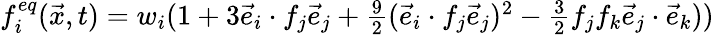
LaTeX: \begin{array}{r}{f_{i}^{eq}(\vec{x},t)={w_{i}}(1+3\vec{e}_{i}\cdot f_{j}\vec{e}_{j}+\frac{9}{2}(\vec{e}_{i}\cdot f_{j}\vec{e}_{j})^{2}-\frac{3}{2}f_{j}f_{k}\vec{e}_{j}\cdot\vec{e}_{k}))}\end{array}